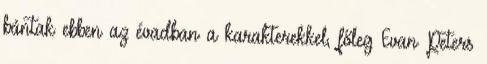
bántak ebben az évadban a karakterekkel, főleg Evan Peters